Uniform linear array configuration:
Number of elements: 64
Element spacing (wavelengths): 1
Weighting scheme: exponential
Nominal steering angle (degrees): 30
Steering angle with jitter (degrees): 30.627
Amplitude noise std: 0.05
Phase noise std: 0.05

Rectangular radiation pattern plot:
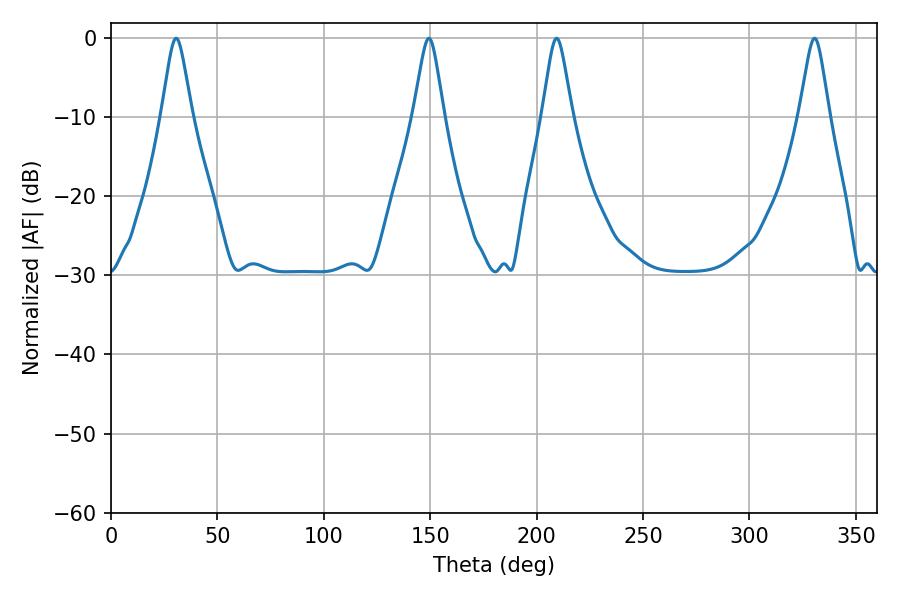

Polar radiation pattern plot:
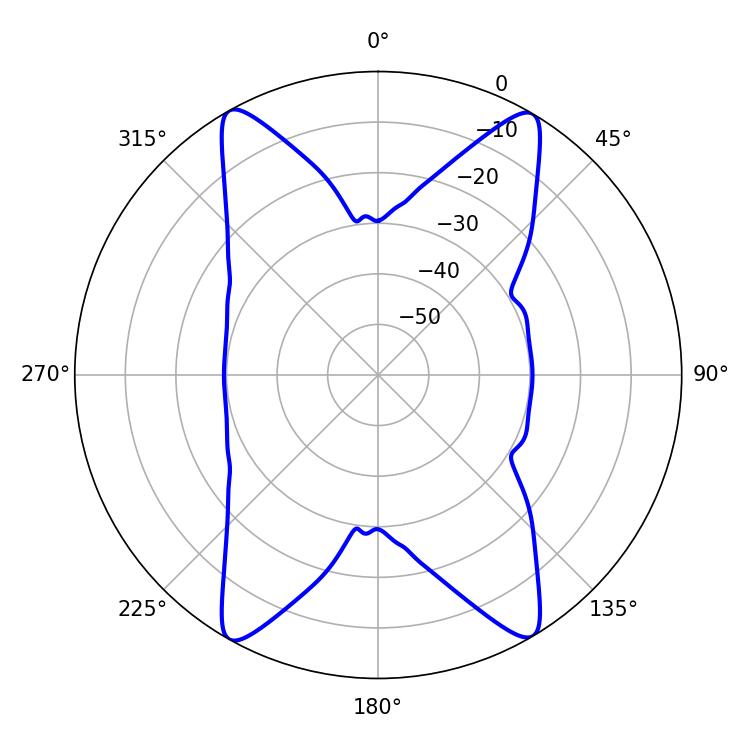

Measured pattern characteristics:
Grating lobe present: TRUE
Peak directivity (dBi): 25.161
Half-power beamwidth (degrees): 6.66
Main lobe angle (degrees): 30.6